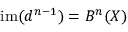
\mathrm { i m } ( d ^ { n - 1 } ) = B ^ { n } ( X )